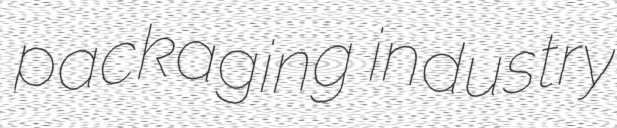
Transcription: packaging industry